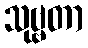
သုဗ္ဗတာ